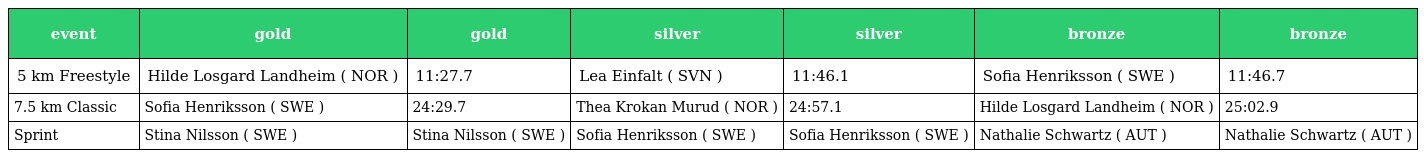
| event | gold | gold | silver | silver | bronze | bronze |
 | --- | --- | --- | --- | --- | --- | --- |
 | 5 km Freestyle | Hilde Losgard Landheim ( NOR ) | 11:27.7 | Lea Einfalt ( SVN ) | 11:46.1 | Soﬁa Henriksson ( SWE ) | 11:46.7 |
 | 7.5 km Classic | Sofia Henriksson ( SWE ) | 24:29.7 | Thea Krokan Murud ( NOR ) | 24:57.1 | Hilde Losgard Landheim ( NOR ) | 25:02.9 |
 | Sprint | Stina Nilsson ( SWE ) | Stina Nilsson ( SWE ) | Sofia Henriksson ( SWE ) | Sofia Henriksson ( SWE ) | Nathalie Schwartz ( AUT ) | Nathalie Schwartz ( AUT ) |